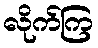
လိုက်ကြ